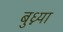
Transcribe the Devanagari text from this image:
बुध्न्या